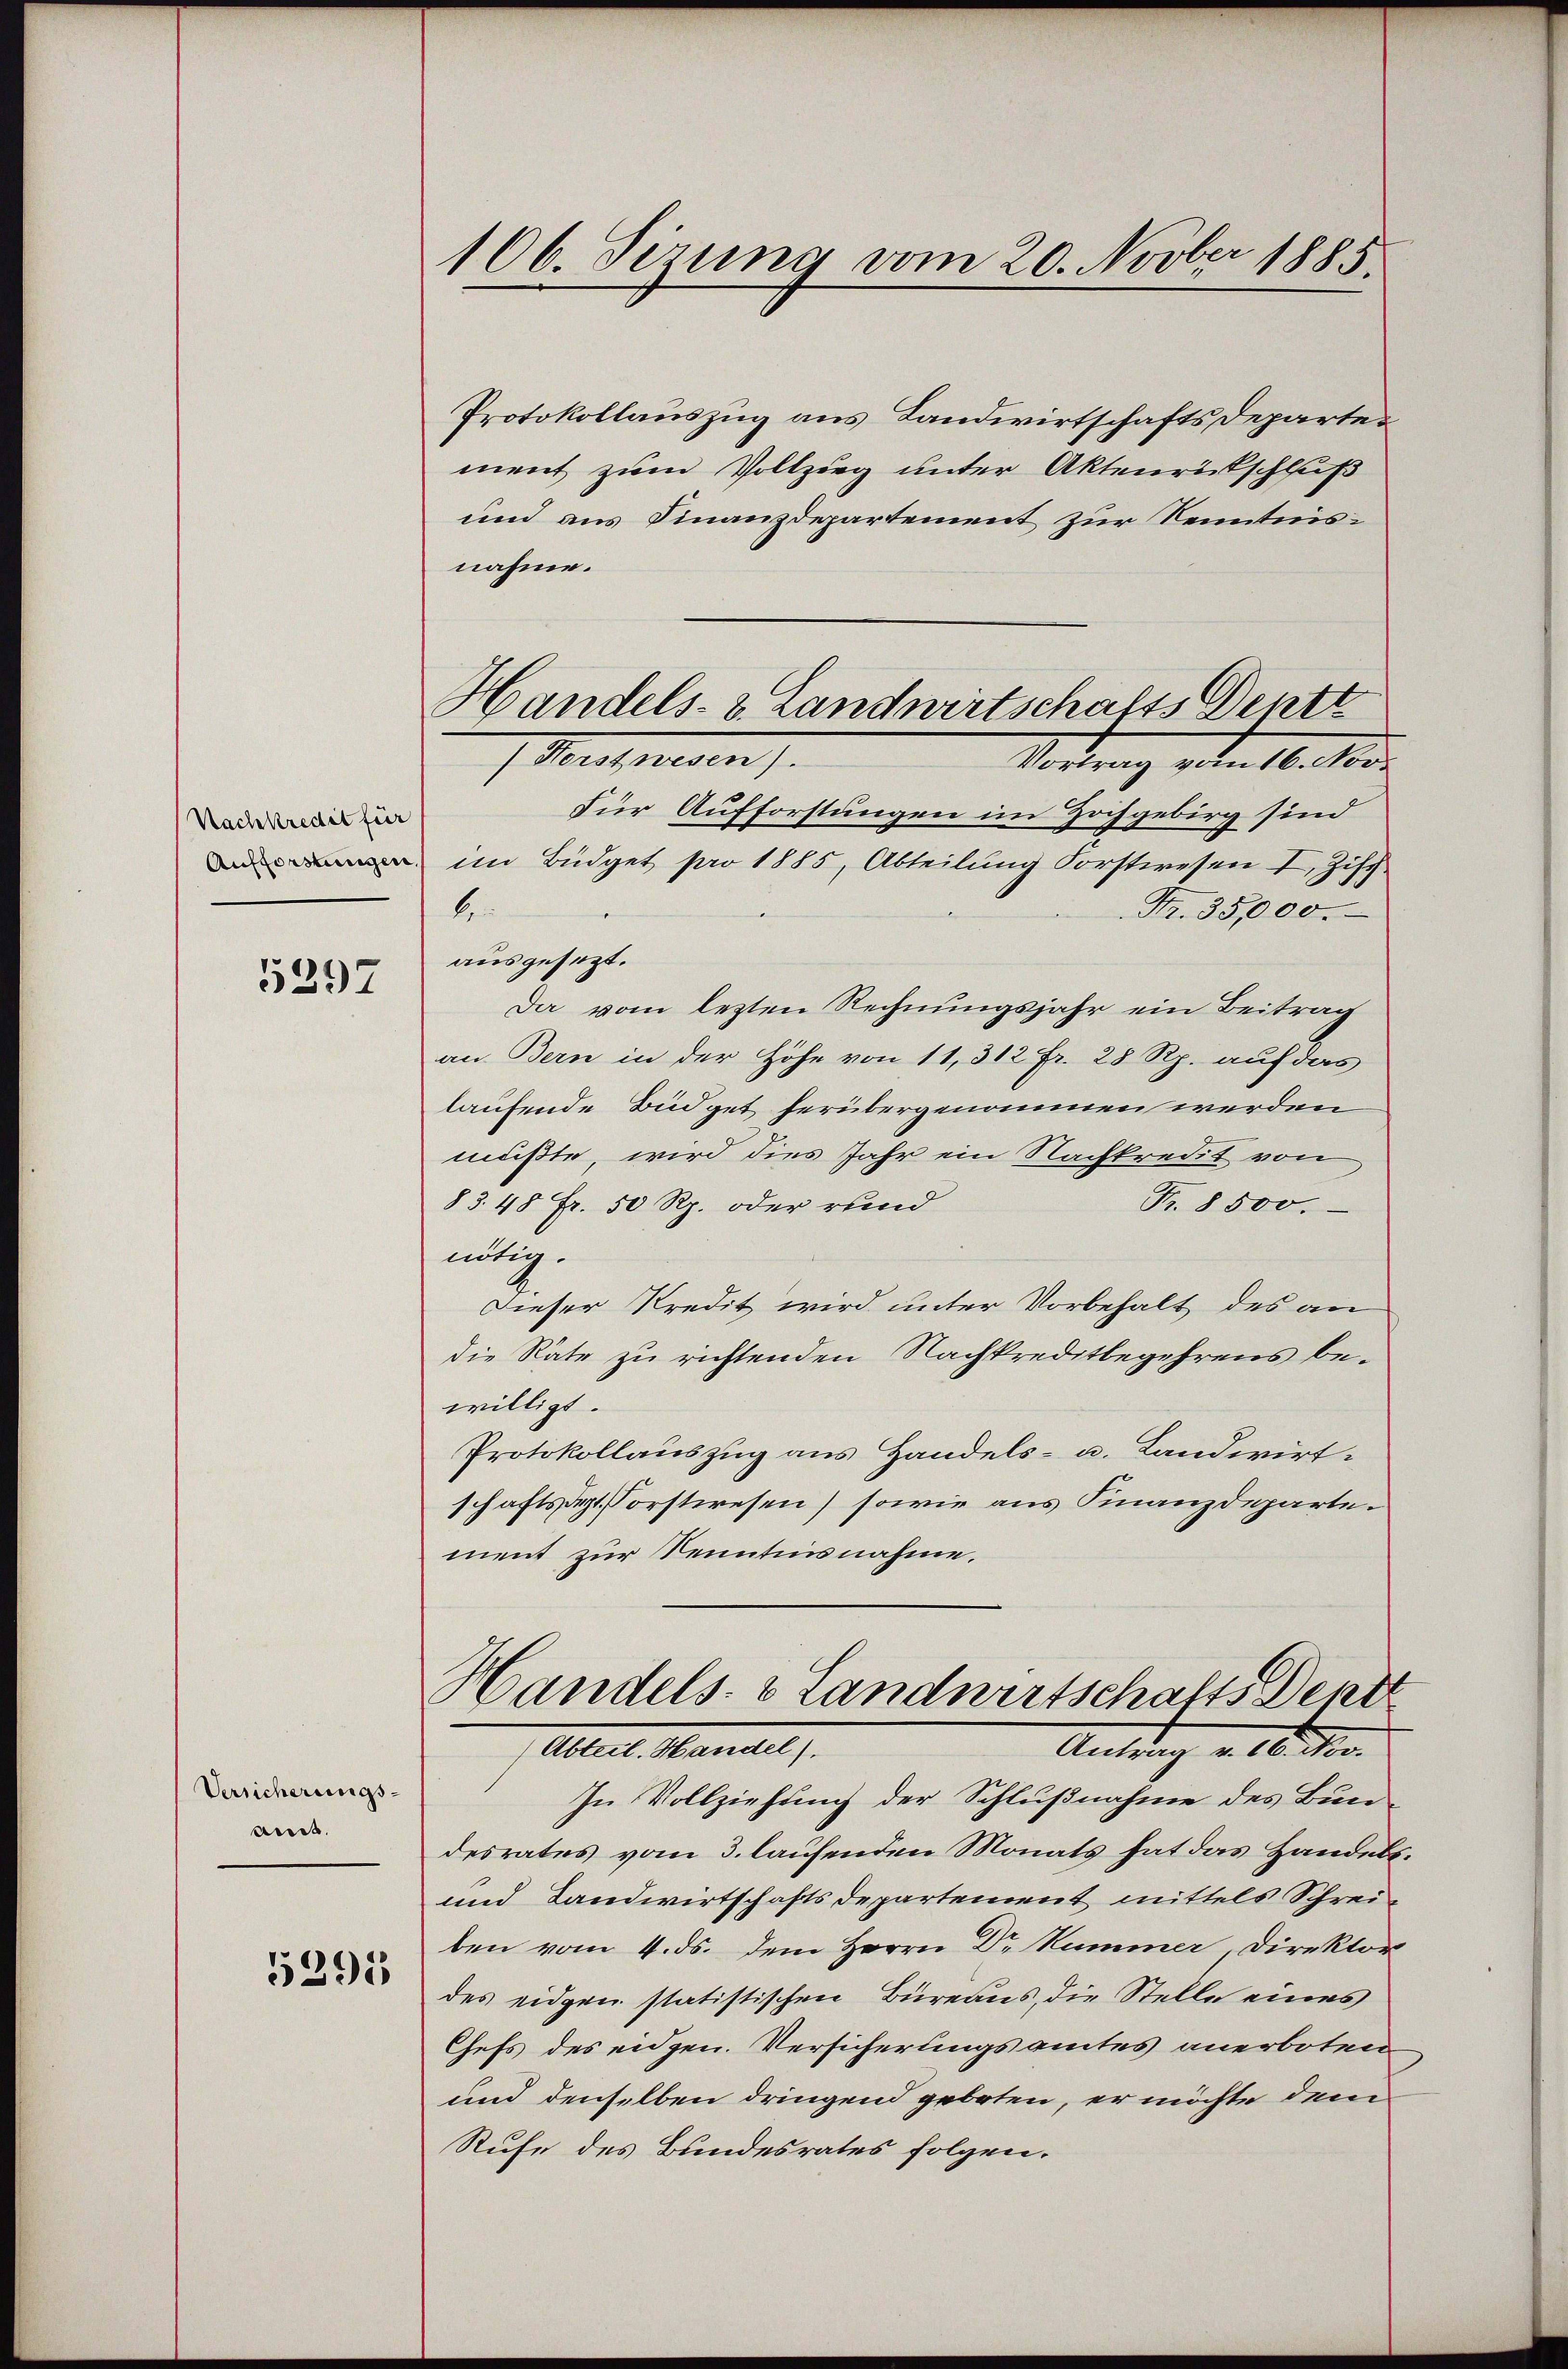
Nachkredit für
Aufforstungen.

5297

Versicherungs-
Lieb.

5291

106. Sizung vom 20. Novber 1885.

Protokollauszug aus Landwirtschafts Departement zum Vollzug unter Aktenrückschluß
und aus Finanzdepartement zur Kenntnisnahme.
Für Aufforstungen im Hochgebirg sind
im Büdget pro 1885, Abteilung Forstwesen I. Ziff.
be
Fr. 35,000.
ausgesezt.
Da vom lezten Rechnungsjahr ein Beitrag
an Bern in der Höhe von 11, 312 fr. 28 Rp. auf das
laufende Büdget herübergenommen werden
mußte, wird dies Jahr ein Nachkredit von
83. 48 Fr. 50 Rp. oder rund
Fr. 8500.
nötig.
Dieser Kredit wird unter Vorbehalt des an
die Räte zu richtenden Nachkreditbegehrens bewilligt.
Protokollauszug aus Handels- u. Landwirtschaftsdept. Porstwesen) sowie aus Finanzdeparte.
ment zur Kenntnisnahme.
Handels- & Landwirtschafts ent
Abteilt. Mariell
Antrag v. 18. No.
In Vollziehung der Schlußnahme des Bundesrates vom 3. laufenden Monats hat das Handelt.
und Landwirtschaftsdepartement mittels Schreiben vom 4. ds. dem Herrn Dr Nummer Direktor
des eidgen statistischen Büreaus, die Stelle eines
Chefs des eidgen. Versicherungsamtes anerboten
und denselben dringend geboten, er möchte dem
Stufe des Bundesrates folgen.

Handels- & Landwirtschafts Dentt
1 Messeresen).
Vortrag vom 16. Nov.